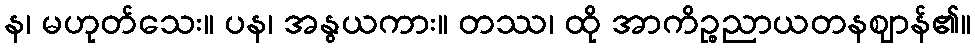
န၊ မဟုတ်သေး။ ပန၊ အနွယကား။ တဿ၊ ထို အာကိဉ္စညာယတနဈာန်၏။